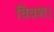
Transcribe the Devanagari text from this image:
विवश।